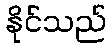
နိုင်သည်